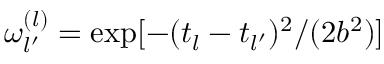
\omega _ { l ^ { \prime } } ^ { ( l ) } = \exp [ - ( t _ { l } - t _ { l ^ { \prime } } ) ^ { 2 } / ( 2 b ^ { 2 } ) ]